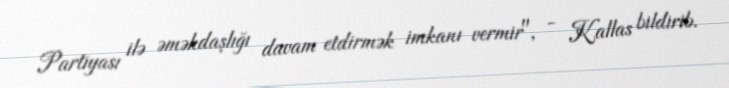
Partiyası ilə əməkdaşlığı davam etdirmək imkanı vermir", - Kallas bildirib.